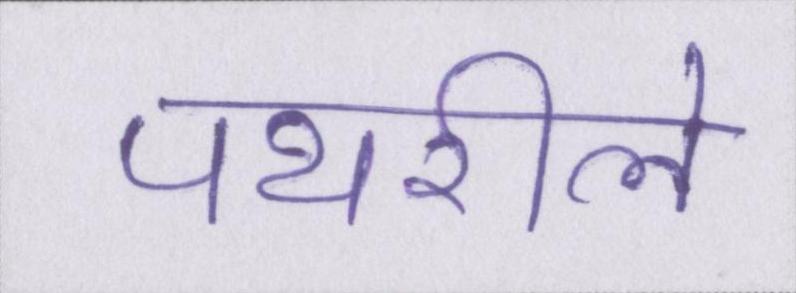
पथरीले